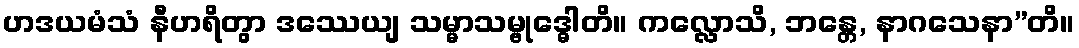
ဟဒယမံသံ နီဟရိတွာ ဒဿေယျ သမ္မာသမ္ဗုဒ္ဓေါတိ။ ကလ္လောသိ, ဘန္တေ, နာဂသေနာ”တိ။